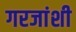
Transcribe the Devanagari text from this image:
गरजांशी